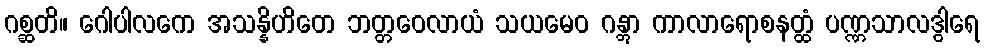
ဂစ္ဆတိ။ ဂေါပါလကေ အသန္နိဟိတေ ဘတ္တဝေလာယံ သယမေဝ ဂန္တွာ ကာလာရောစနတ္ထံ ပဏ္ဏသာလဒွါရေ